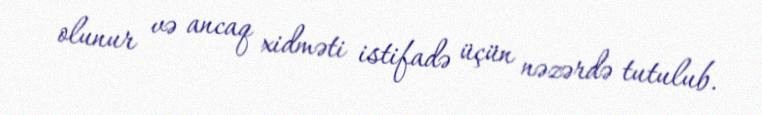
olunur və ancaq xidməti istifadə üçün nəzərdə tutulub.